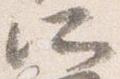
所